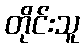
တိုင်းသူ